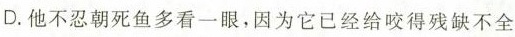
D.他不忍朝死鱼多看一眼，因为它已经给咬得残缺不全